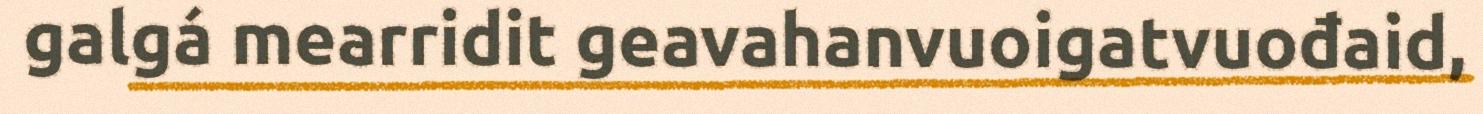
galgá mearridit geavahanvuoigatvuođaid,